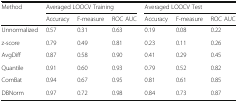
<table><thead><tr><td rowspan="2"><b>Method</b></td><td colspan="3"><b>Averaged LOOCV Training</b></td><td colspan="3"><b>Averaged LOOCV Test</b></td></tr><tr><td><b>Accuracy</b></td><td><b>F-measure</b></td><td><b>ROC AUC</b></td><td><b>Accuracy</b></td><td><b>F-measure</b></td><td><b>ROC AUC</b></td></tr></thead><tbody><tr><td>Unnormalized</td><td>0.57</td><td>0.31</td><td>0.63</td><td>0.19</td><td>0.08</td><td>0.22</td></tr><tr><td>z-score</td><td>0.79</td><td>0.49</td><td>0.81</td><td>0.23</td><td>0.11</td><td>0.26</td></tr><tr><td>AvgDiff</td><td>0.87</td><td>0.58</td><td>0.90</td><td>0.41</td><td>0.29</td><td>0.45</td></tr><tr><td>Quantile</td><td>0.91</td><td>0.60</td><td>0.93</td><td>0.79</td><td>0.52</td><td>0.82</td></tr><tr><td>ComBat</td><td>0.94</td><td>0.67</td><td>0.95</td><td>0.81</td><td>0.61</td><td>0.85</td></tr><tr><td>DBNorm</td><td>0.97</td><td>0.72</td><td>0.98</td><td>0.84</td><td>0.73</td><td>0.87</td></tr></tbody></table>